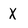
Character: X